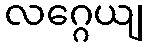
လဂ္ဂေယျ